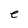
Character: e